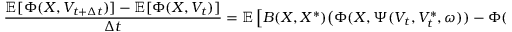
\frac { \mathbb { E } [ \Phi ( X , V _ { t + \Delta { t } } ) ] - \mathbb { E } [ \Phi ( X , V _ { t } ) ] } { \Delta { t } } = \mathbb { E } \left[ B ( X , X ^ { \ast } ) \bigl ( \Phi ( X , \Psi ( V _ { t } , V _ { t } ^ { \ast } , \omega ) ) - \Phi ( X , V _ { t } ) \bigr ) \right] ,